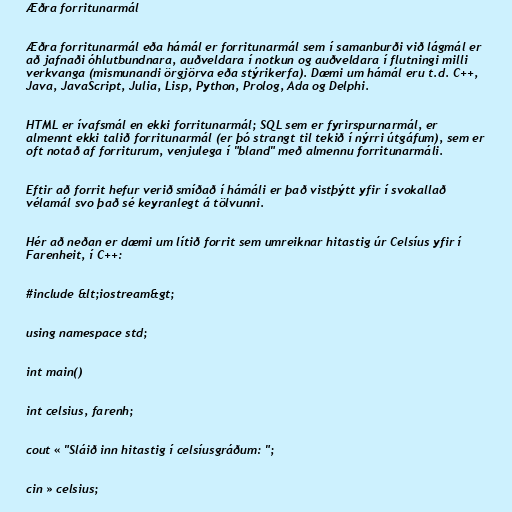
Æðra forritunarmál

Æðra forritunarmál eða hámál er forritunarmál sem í samanburði við lágmál er
að jafnaði óhlutbundnara, auðveldara í notkun og auðveldara í flutningi milli
verkvanga (mismunandi örgjörva eða stýrikerfa). Dæmi um hámál eru t.d. C++,
Java, JavaScript, Julia, Lisp, Python, Prolog, Ada og Delphi.

HTML er ívafsmál en ekki forritunarmál; SQL sem er fyrirspurnarmál, er
almennt ekki talið forritunarmál (er þó strangt til tekið í nýrri útgáfum), sem er
oft notað af forriturum, venjulega í "bland" með almennu forritunarmáli.

Eftir að forrit hefur verið smíðað í hámáli er það vistþýtt yfir í svokallað
vélamál svo það sé keyranlegt á tölvunni.

Hér að neðan er dæmi um lítið forrit sem umreiknar hitastig úr Celsíus yfir í
Farenheit, í C++:

#include &lt;iostream&gt;

using namespace std;

int main()

int celsius, farenh;

cout « "Sláið inn hitastig í celsíusgráðum: ";

cin » celsius;